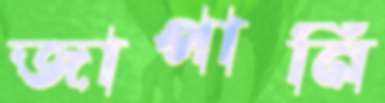
জাপানি